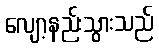
လျော့နည်းသွားသည်